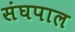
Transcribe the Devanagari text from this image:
संघपाल